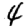
Digit: 4